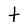
Character: t